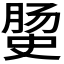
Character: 𭉅